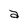
Character: a